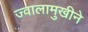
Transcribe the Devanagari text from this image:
ज्वालामुखीने